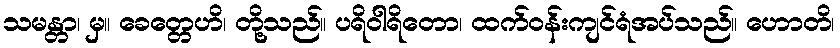
သမန္တာ၊ မှ။ ခေတ္တေဟိ၊ တို့သည်။ ပရိဝါရိတော၊ ထက်ဝန်းကျင်ရံအပ်သည်။ ဟောတိ၊